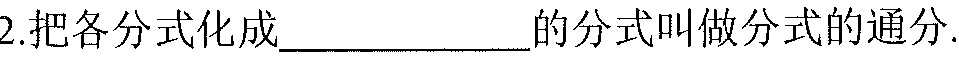
2.把各分式化成____________的分式叫做分式的通分.